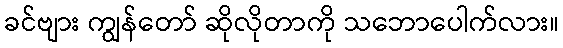
ခင်ဗျား ကျွန်တော် ဆိုလိုတာကို သဘောပေါက်လား။